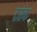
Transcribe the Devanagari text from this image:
टरंक